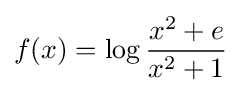
f(x)=\log {\frac {x^{2}+e}{x^{2}+1}}